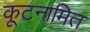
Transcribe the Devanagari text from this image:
कूटनामित